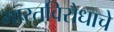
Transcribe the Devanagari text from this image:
भारतविरोधाचे